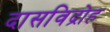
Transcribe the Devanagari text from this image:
दासविद्रोह